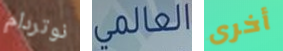
نوتردام العالمي أخرى